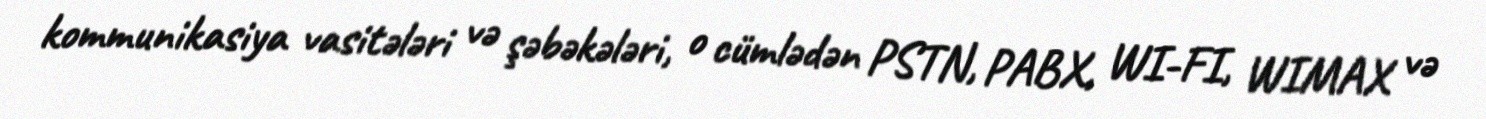
kommunikasiya vasitələri və şəbəkələri, o cümlədən PSTN, PABX, WI-FI, WIMAX və